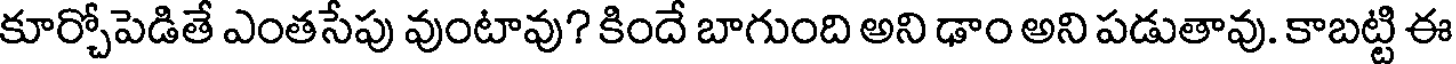
కూర్చోపెడితే ఎంతసేపు వుంటావు? కిందే బాగుంది అని ఢాం అని పడుతావు. కాబట్టి ఈ